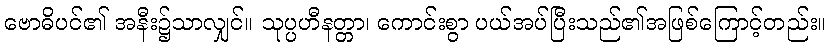
ဗောဓိပင်၏ အနီး၌သာလျှင်။ သုပ္ပဟီနတ္တာ၊ ကောင်းစွာ ပယ်အပ်ပြီးသည်၏အဖြစ်ကြောင့်တည်း။